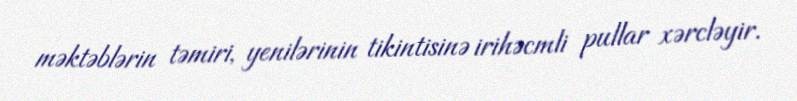
məktəblərin təmiri, yenilərinin tikintisinə irihəcmli pullar xərcləyir.